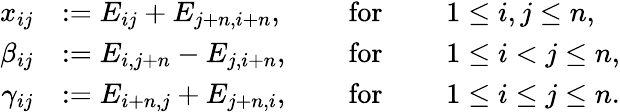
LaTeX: \begin{array}{rlrlrl}{x_{ij}}&{:=E_{ij}+E_{j+n,i+n},}&&{\mathrm{~for~}}&&{1\leq i,j\leq n,}\\ {\beta_{ij}}&{:=E_{i,j+n}-E_{j,i+n},}&&{\mathrm{~for~}}&&{1\leq i<j\leq n,}\\ {\gamma_{ij}}&{:=E_{i+n,j}+E_{j+n,i},}&&{\mathrm{~for~}}&&{1\leq i\leq j\leq n.}\end{array}